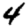
Digit: 4